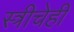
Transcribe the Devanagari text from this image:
स्त्रीचेही